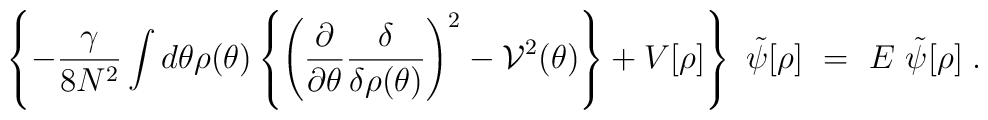
\left\{-\frac{\gamma}{8N^2}\int d\theta \rho(\theta)\left\{ \left(\frac{\partial}{\partial\theta}\frac{\delta}{\delta\rho(\theta)}\right)^2-{\cal V}^2(\theta)\right\}+V[\rho]\right\}~\tilde\psi[\rho]~=~E~\tilde\psi[\rho] \; .